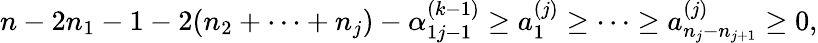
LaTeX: \begin{array}{l}{{n-2n_{1}-1-2(n_{2}+\cdots+n_{j})-\alpha_{1j-1}^{(k-1)}\geq a_{1}^{(j)}\geq\cdots\geq a_{n_{j}-n_{j+1}}^{(j)}\geq 0,}}\end{array}